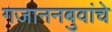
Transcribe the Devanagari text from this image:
गजाननबुवांचे